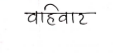
मजकूर: वहिंवाट